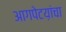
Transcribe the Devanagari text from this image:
आगपेटय़ांचा